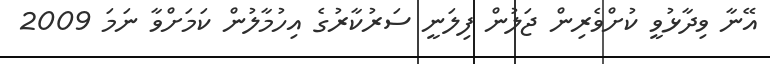
އޭނާ ވިދާޅުވީ ކުށްވެރިން ޖަލުން ފިލަނީ ސަރުކާރުގެ އިހުމާލުން ކަމަށްވާ ނަމަ 2009